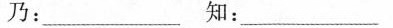
乃：___知：___